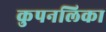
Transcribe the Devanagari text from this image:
कुपनलिका